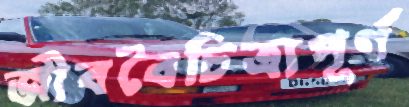
জীববৈচিত্র্যপূর্ণ